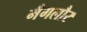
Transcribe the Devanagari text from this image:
मँगलौर